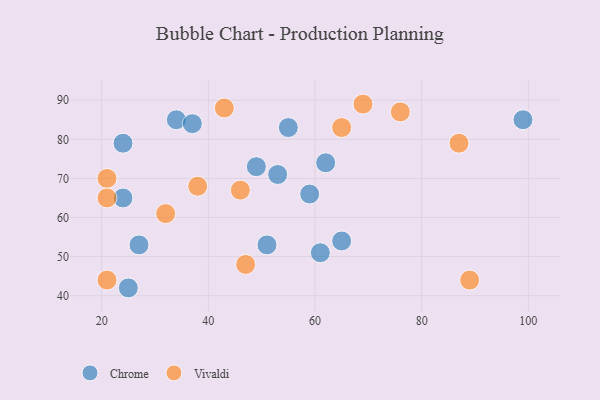
{"axis": {"x": "GDP", "y": "Life Expectancy"}, "legend": ["Chrome", "Vivaldi"], "data": [{"x": "34", "y": 85, "type": "Chrome"}, {"x": "24", "y": 65, "type": "Chrome"}, {"x": "99", "y": 85, "type": "Chrome"}, {"x": "51", "y": 53, "type": "Chrome"}, {"x": "62", "y": 74, "type": "Chrome"}, {"x": "25", "y": 42, "type": "Chrome"}, {"x": "27", "y": 53, "type": "Chrome"}, {"x": "61", "y": 51, "type": "Chrome"}, {"x": "24", "y": 79, "type": "Chrome"}, {"x": "55", "y": 83, "type": "Chrome"}, {"x": "59", "y": 66, "type": "Chrome"}, {"x": "37", "y": 84, "type": "Chrome"}, {"x": "53", "y": 71, "type": "Chrome"}, {"x": "49", "y": 73, "type": "Chrome"}, {"x": "65", "y": 54, "type": "Chrome"}, {"x": "65", "y": 83, "type": "Vivaldi"}, {"x": "69", "y": 89, "type": "Vivaldi"}, {"x": "21", "y": 70, "type": "Vivaldi"}, {"x": "21", "y": 65, "type": "Vivaldi"}, {"x": "21", "y": 44, "type": "Vivaldi"}, {"x": "89", "y": 44, "type": "Vivaldi"}, {"x": "46", "y": 67, "type": "Vivaldi"}, {"x": "76", "y": 87, "type": "Vivaldi"}, {"x": "32", "y": 61, "type": "Vivaldi"}, {"x": "47", "y": 48, "type": "Vivaldi"}, {"x": "87", "y": 79, "type": "Vivaldi"}, {"x": "43", "y": 88, "type": "Vivaldi"}, {"x": "38", "y": 68, "type": "Vivaldi"}]}